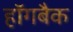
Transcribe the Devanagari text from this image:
हॉगबैक